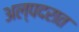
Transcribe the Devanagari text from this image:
अल्पदरात